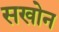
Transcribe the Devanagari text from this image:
सखोन